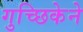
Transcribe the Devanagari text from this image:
गुच्छिकेने